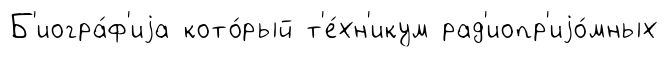
Б'иогра́ф'иjа кото́рый т'е́хн'икум рад'иопр'иjо́мных